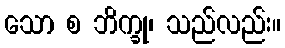
သော စ ဘိက္ခု၊ သည်လည်း။